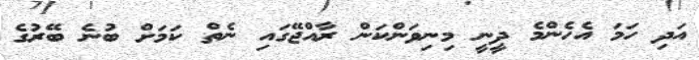
އަދި ހަމަ އެހެންމެ ދީނީ މިނިވަންކަން ރާއްޖޭގައި ނެތް ކަމަށް ބުނެ ބޭރުގެ